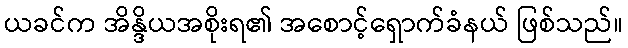
ယခင်က အိန္ဒိယအစိုးရ၏ အစောင့်ရှောက်ခံနယ် ဖြစ်သည်။